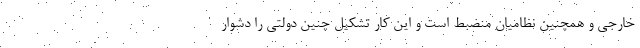
خارجی و همچنین نظامیان منضبط است و این کار تشکیل چنین دولتی را دشوار